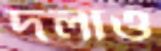
দলাও